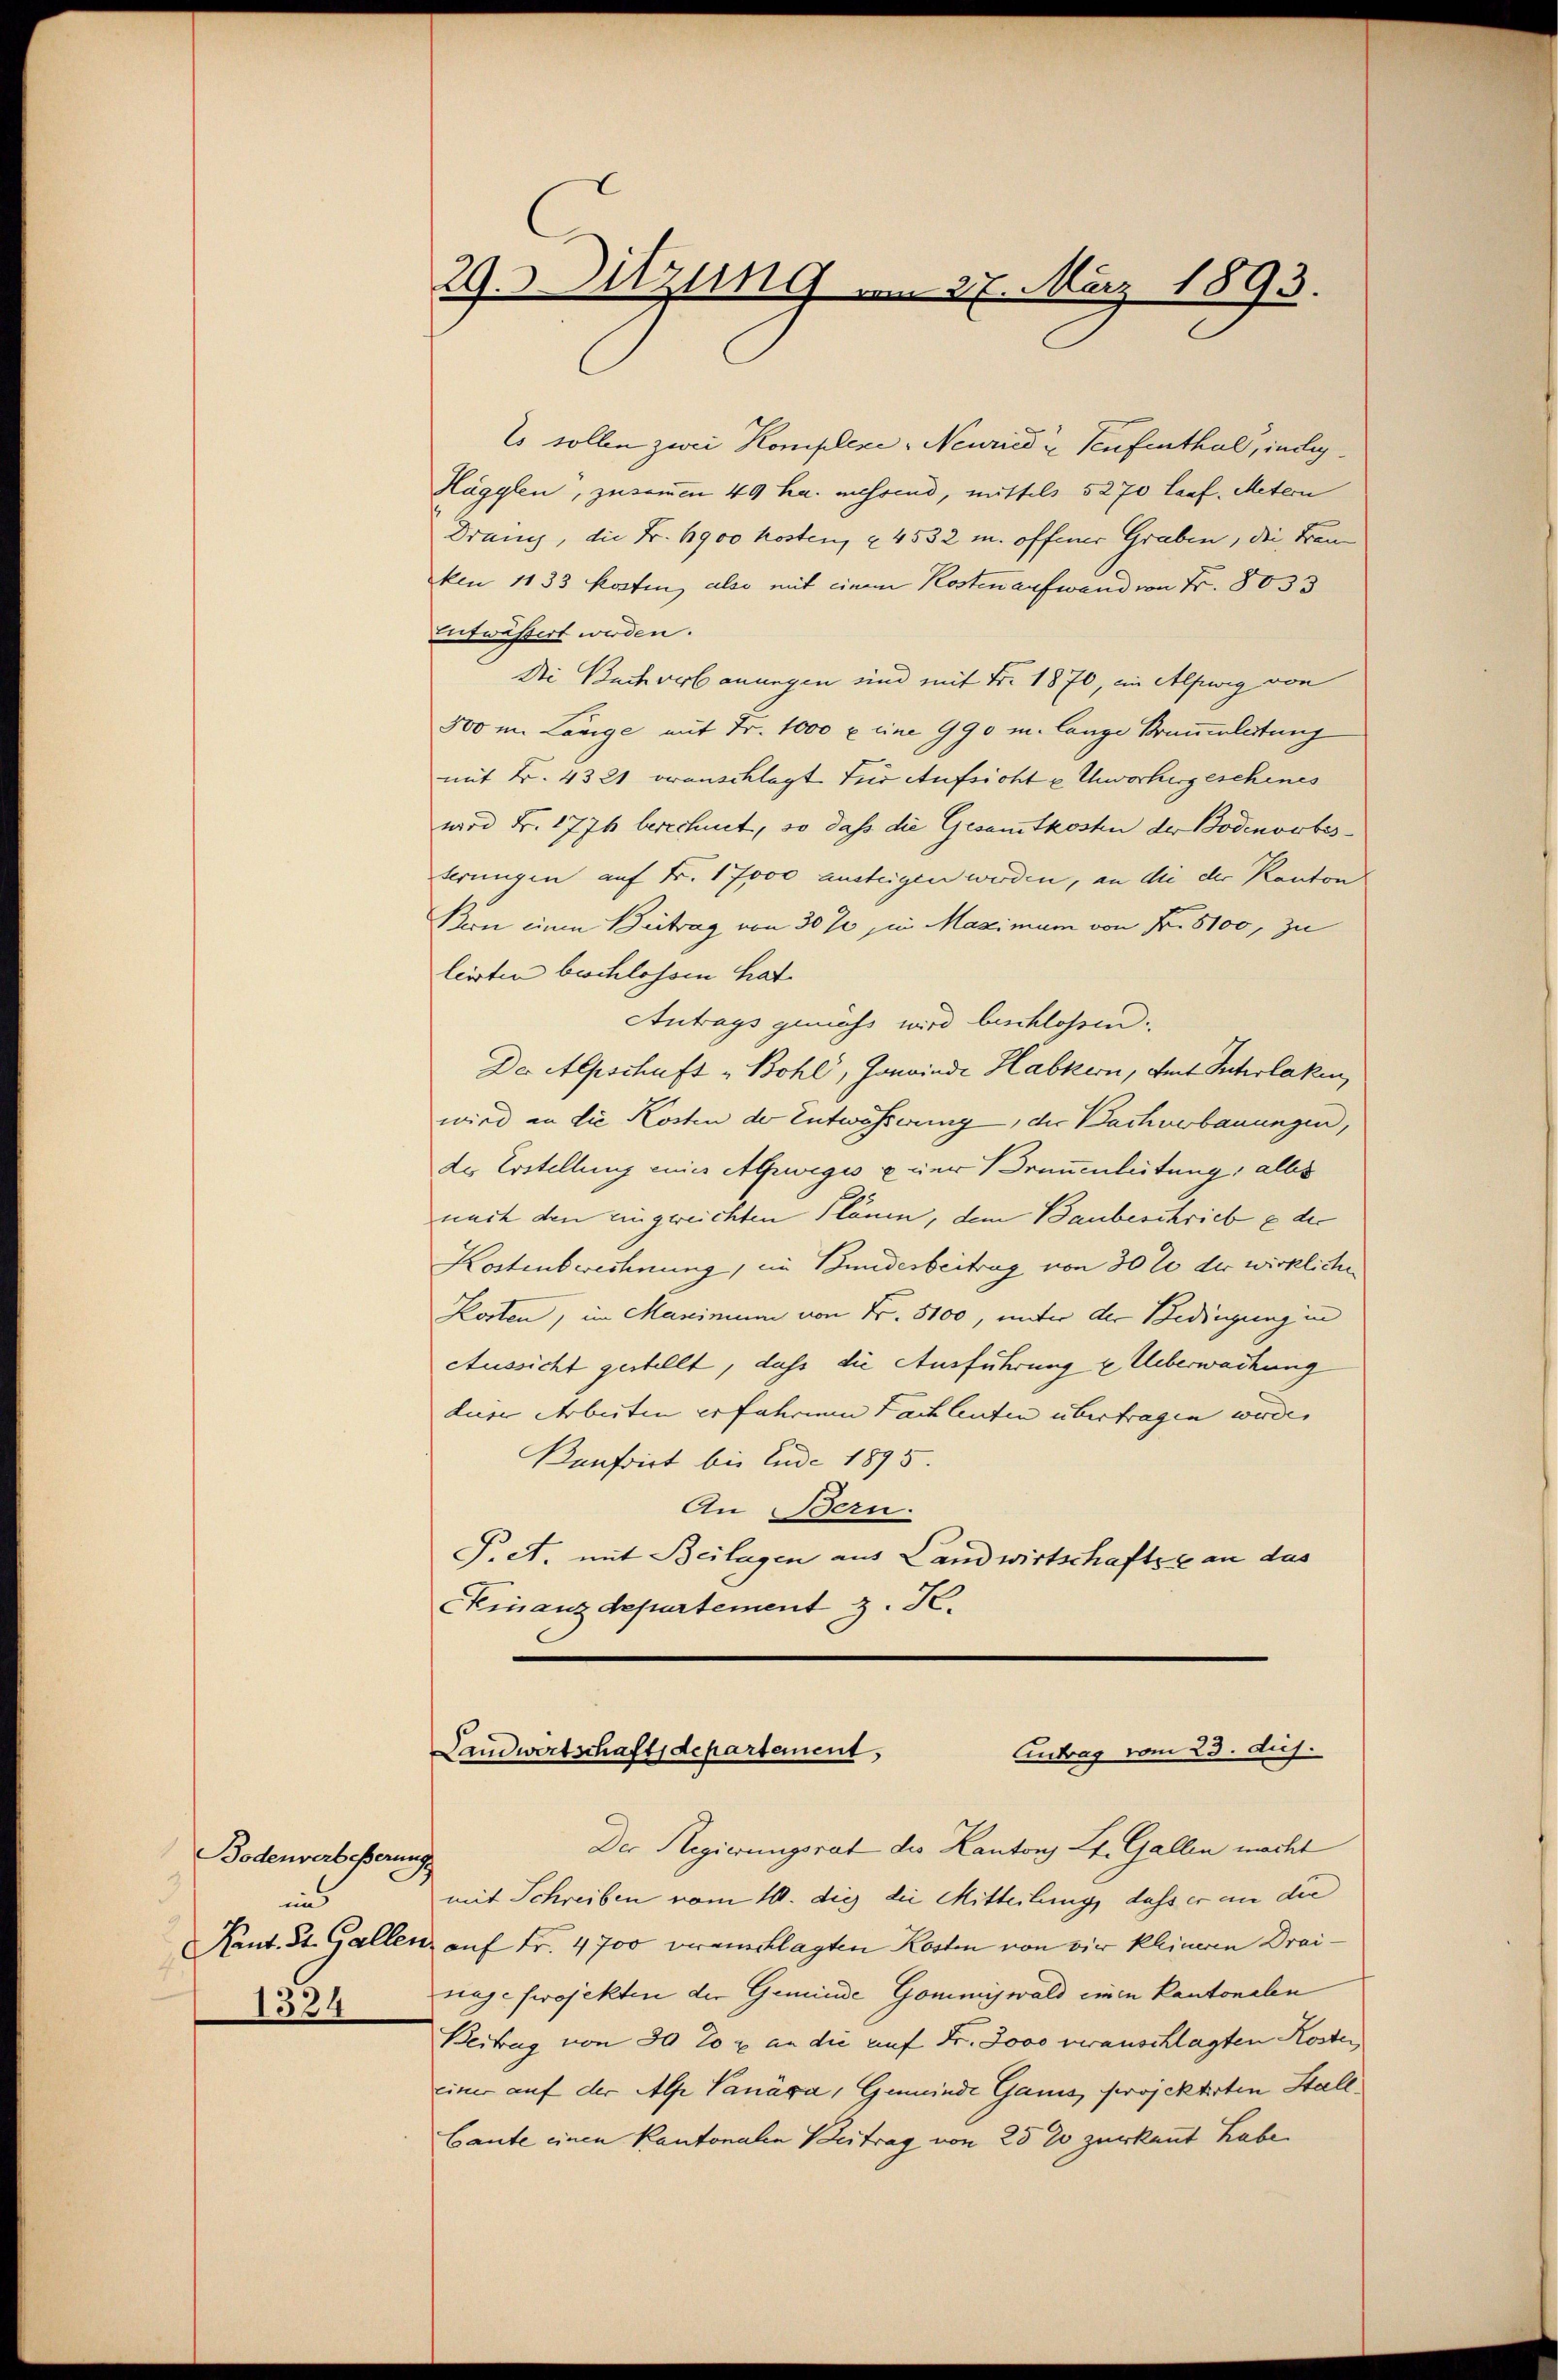
Bodenverbeßerungs
und
1334

29. Sitzung am 27. März 1893.

Es sollen zwei Komplexe - Neuried u Teufenthal, indig¬
Hägglen, zusammen 49 ha. messend, mittels 5270 lauf. Metern
Drang, die Fr. 1900 kosten, § 4532 m. offener Graben, die Freu
ken 1133 Kosten, also mit einem Kosten aufwand von Fr. 8033
Entwässert werden.
Die Buch verbauungen und mit Fr. 1870, in Alpwig von
300 im Länge mit Fr. 1000 u. eine 990 u. lange Brauenleitung
mit B. 4321 oranschlagt für Aufsicht u. Unworhergeschines
wird Fr. 1776 berechnet, so daß die Gesamtkosten der Bodenorbesterungen auf Fr. 17000 austeigen werden, an die der Kanton
Bern einen Beitrag von 30 % in Maximum von Fr. 5100, zu
leisten beschlossen hat.
Antrags gemäss wird beschlossen.
Der Alpschaft „Bohl, Joneinde Habkern, Amt Interlaken,
wird an die Kosten der Entwässerung, der Bachverbauungen,
de. Erstellung eines Alpwiges uner Brunnenleitung; alles
nach den eingereichten Pläne, dem Baubeschrieb e der
Kostenberechnung, ein Bundesbeitrag von 30% der wirklichen
Kosten, im Maximum von Fr. 5100, unter der Bedingung in
Aussicht gestellt, daß die Ausführung u. Ueberwachung
dure Arbeiten erfahrenen Fachleuten übertragen werde.
Bonfirt bis Ende 1895.
An Bern.
P.A. mit Beilagen aus Landwirtschafte an das
CKinanzdepartement z. K.

Antrag vom 23. huj.
Landwirtschaftsdepartement,

Der Regierungsrat des Kantons Lt. Gallen macht
mit Schreiben vom 10. die die Mitteilung, dass er an die
Kant. St. Gallen, auf Fr. 4700 vereinschlagten Kosten von die kleineren Drainage projekten der Geminde Gommiswald einen Kantonalen
Beitrag von 30 T r an die auf Fr. Jovo veranschlagten Kosten
einer auf der Alp Vanáca, Gemeinde Gans projektirten Stall
Caute einen Kantonalen Beitrag von 25 % zur kannt habe